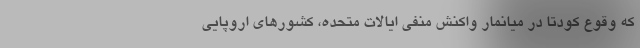
که وقوع کودتا در میانمار واکنش منفی ایالات متحده، کشورهای اروپایی